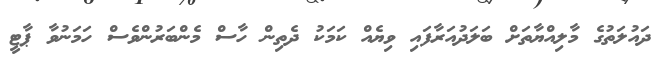
ދައުލަތުގެ މާލިއްޔާތަށް ބަލަދުއަރާފައި ވިޔެއް ކަމަކު ދެތިން ހާސް މެންބަރުންވެސް ހަމަނުވާ ޕާޓީ